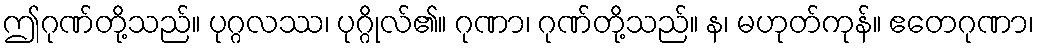
ဤဂုဏ်တို့သည်။ ပုဂ္ဂလဿ၊ ပုဂ္ဂိုလ်၏။ ဂုဏာ၊ ဂုဏ်တို့သည်။ န၊ မဟုတ်ကုန်။ ဧတေဂုဏာ၊